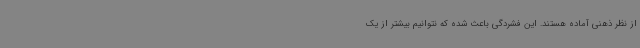
از نظر ذهنی آماده هستند. این فشردگی باعث شده که نتوانیم بیشتر از یک